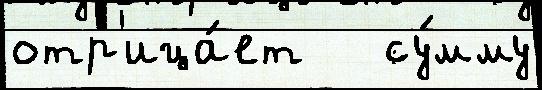
отр'ица́ет   су́мму